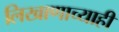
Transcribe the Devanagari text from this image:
लिखाणाच्याही